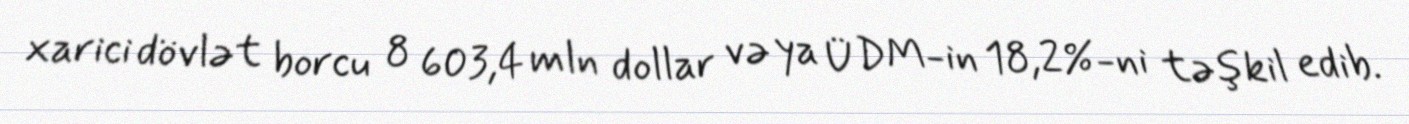
xarici dövlət borcu 8 603,4 mln dollar və ya ÜDM-in 18,2%-ni təşkil edib.